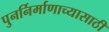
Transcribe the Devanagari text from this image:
पुनर्निर्माणाच्यासाठी